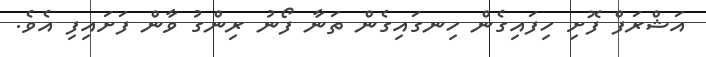
އަޝްރަފް ފޮށި ހިފައިގެން ހިނގައިގެން ތަނާ ފޯނު ރިންގު ވާން ފަށައިފި އެވެ.